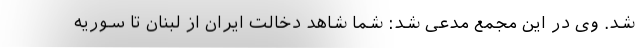
شد. وی در این مجمع مدعی شد: شما شاهد دخالت ایران از لبنان تا سوریه